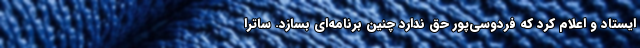
ایستاد و اعلام کرد که فردوسی‌پور حق ندارد چنین برنامه‌ای بسازد. ساترا